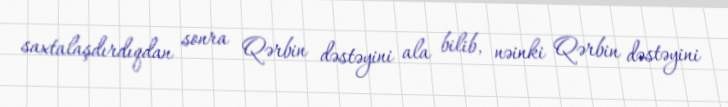
saxtalaşdırdıqdan sonra Qərbin dəstəyini ala bilib, nəinki Qərbin dəstəyini